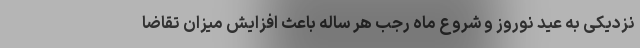
نزدیکی به عید نوروز و شروع ماه رجب هر ساله باعث افزایش میزان تقاضا